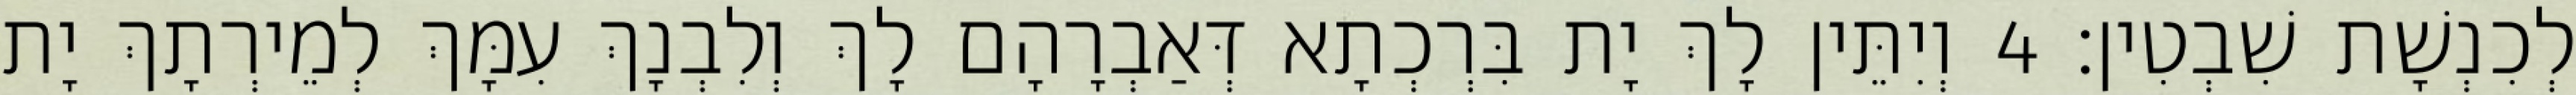
לְכִנְשָׁת שִׁבְטִין׃ 4 וְיִתֵּין לָךְ יָת בִּרְכְתָא דְּאַבְרָהָם לָךְ וְלִבְנָךְ עִמָּךְ לְמֵירְתָךְ יָת